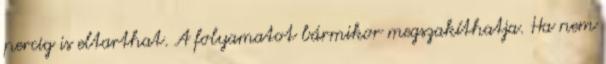
percig is eltarthat. A folyamatot bármikor megszakíthatja. Ha nem